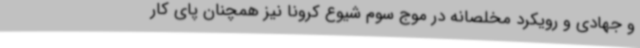
و جهادی و رویکرد مخلصانه در موج سوم شیوع کرونا نیز همچنان پای کار